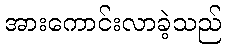
အားကောင်းလာခဲ့သည်